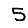
Digit: 5